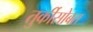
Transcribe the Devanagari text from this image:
तुर्कीसोबत